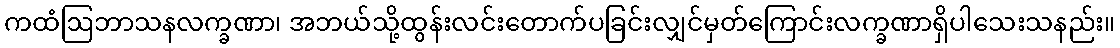
ကထံဩဘာသနလက္ခဏာ၊ အဘယ်သို့ထွန်းလင်းတောက်ပခြင်းလျှင်မှတ်ကြောင်းလက္ခဏာရှိပါသေးသနည်း။